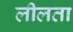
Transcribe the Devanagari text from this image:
लीलता